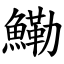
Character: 鰳